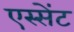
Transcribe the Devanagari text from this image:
एस्सेंट